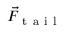
\vec { F } _ { \mathrm { ~ t ~ a ~ i ~ l ~ } }